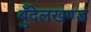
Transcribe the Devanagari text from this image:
बुँदेलखण्ड